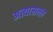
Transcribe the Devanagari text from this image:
अत्यासन्ऩ